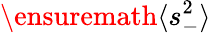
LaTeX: \ensuremath{\langle s_{-}^{2}\rangle}